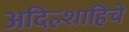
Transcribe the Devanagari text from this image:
अदिल्शाहिचे